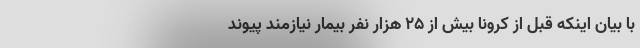
با بیان اینکه قبل از کرونا بیش از ۲۵ هزار نفر بیمار نیازمند پیوند